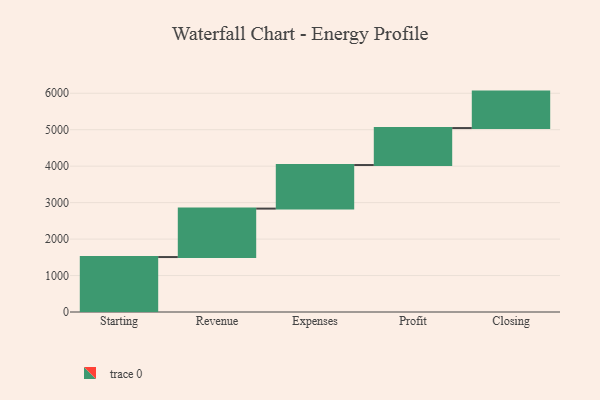
{"axis": {"x": "Step", "y": "Value"}, "legend": [""], "data": [{"x": "Starting", "y": 1507.0, "type": ""}, {"x": "Revenue", "y": 1329.0, "type": ""}, {"x": "Expenses", "y": 1195.0, "type": ""}, {"x": "Profit", "y": 1014.0, "type": ""}, {"x": "Closing", "y": 1000, "type": ""}]}